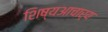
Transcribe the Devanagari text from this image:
शिष्यआचार्य